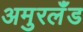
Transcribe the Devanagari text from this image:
अमुरलँंड